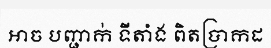
អាច បញ្ជាក់ ទីតាំង ពិតប្រាកដ